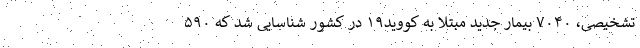
تشخیصی، ۷۰۴۰ بیمار جدید مبتلا به کووید۱۹ در کشور شناسایی شد که ۵۹۰